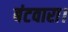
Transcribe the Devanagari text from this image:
बंटवारा।